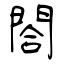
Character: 閤